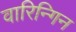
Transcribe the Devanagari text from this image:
वारिन्गिन